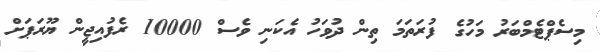
މިސެޕްޓެމްބަރު މަހުގެ ފުރަތަމަ ތިން ދުވަހު އެކަނި ވެސް 10000 ރެފުއިޖީން ޔޫރަޕަށް